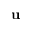
\mathbf u